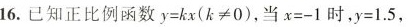
16.已知正比例函数$$y=kx(k≠0)$$，当$$x=-1$$时，$$y=1.5$$，